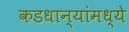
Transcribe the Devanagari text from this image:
कडधान्यांमध्ये